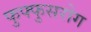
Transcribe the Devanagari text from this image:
फुफ्फुसरोग